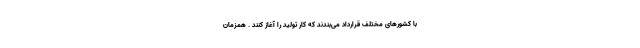
با کشورهای مختلف قرارداد می‌بندند که کار تولید را آغاز کنند . همزمان